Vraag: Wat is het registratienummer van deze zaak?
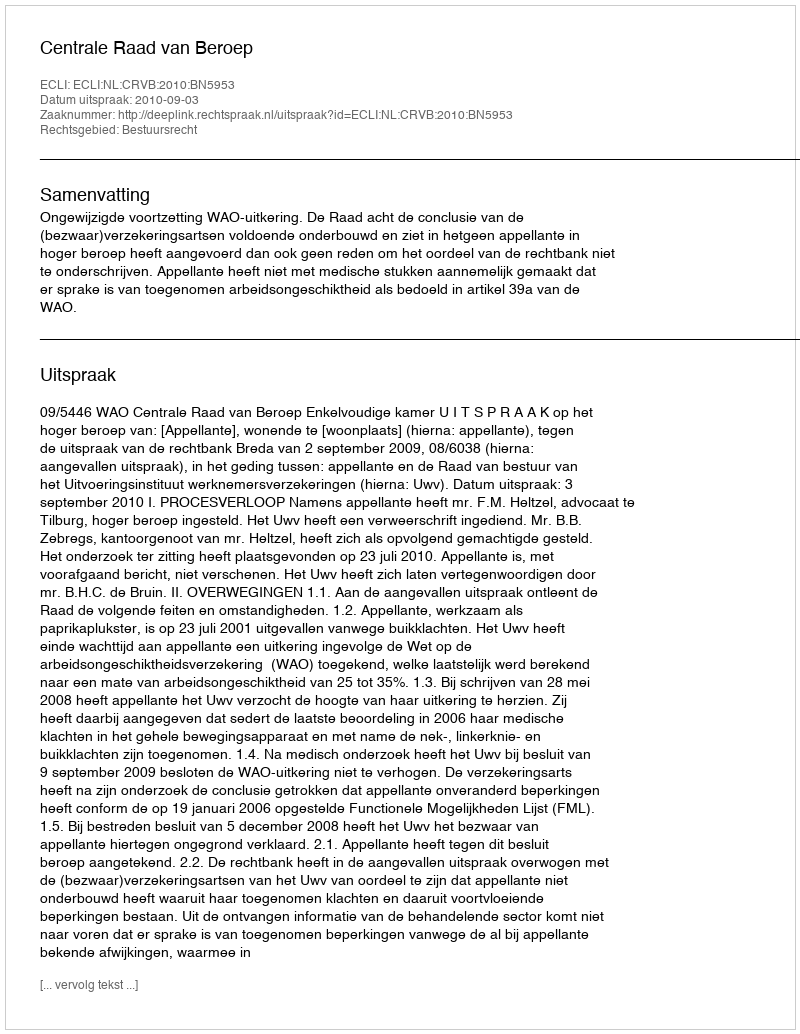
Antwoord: http://deeplink.rechtspraak.nl/uitspraak?id=ECLI:NL:CRVB:2010:BN5953